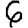
Digit: 6